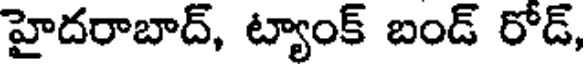
హైదరాబాద్, ట్యాంక్ బండ్ రోడ్,